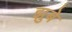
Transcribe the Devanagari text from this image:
झुबे